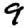
Digit: 9